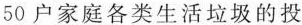
区50户家庭各类生活垃圾的投